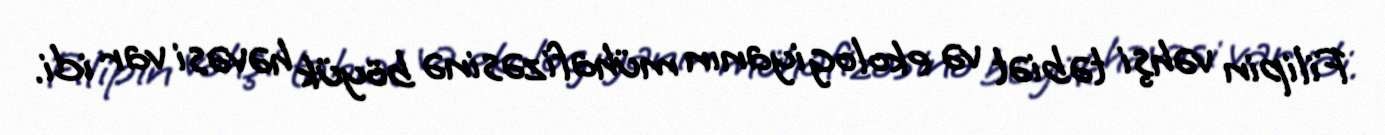
Filipin vəhşi təbiət və ekologiyanın mühafizəsinə böyük həvəsi var idi.